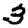
Digit: 3